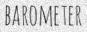
BAROMETER